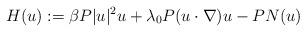
LaTeX: \begin{align*} H(u) := \beta P|u|^2u+\lambda_0 P(u\cdot\nabla)u - PN(u)\end{align*}